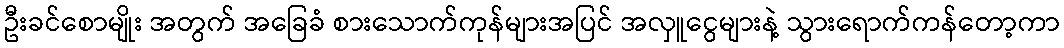
ဦးခင်စောမျိုး အတွက် အခြေခံ စားသောက်ကုန်များအပြင် အလှူငွေများနဲ့ သွားရောက်ကန်တော့ကာ